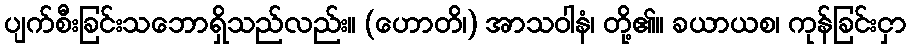
ပျက်စီးခြင်းသဘောရှိသည်လည်း။ (ဟောတိ၊) အာသဝါနံ၊ တို့၏။ ခယာယစ၊ ကုန်ခြင်းငှာ